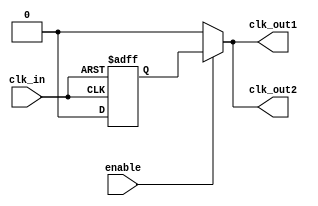
module LowPowerClockBuffer (
    input wire clk_in,              // Clock input
    input wire enable,              // Enable signal
    output reg clk_out1,            // Buffered clock output 1
    output reg clk_out2             // Buffered clock output 2
);

    // Parameters for weak drive strength
    parameter DRIVE_STRENGTH = 1;  // Modify as per technology

    // Internal signals
    reg clk_buf;                    // Buffered clock after input stage

    // Input Stage: Schmitt Trigger Buffer
    always @(posedge clk_in or negedge clk_in) begin
        if (clk_in) begin
            clk_buf <= 1'b1;
        end else begin
            clk_buf <= 1'b0;
        end
    end

    // Core Buffering Stage: Simple buffer with weak drive strength
    always @(clk_buf or enable) begin
        if (enable) begin
            clk_out1 <= clk_buf;  // Buffered output 1
            clk_out2 <= clk_buf;  // Buffered output 2
        end else begin
            clk_out1 <= 1'b0;      // Drive low when disabled
            clk_out2 <= 1'b0;      // Drive low when disabled
        end
    end

endmodule